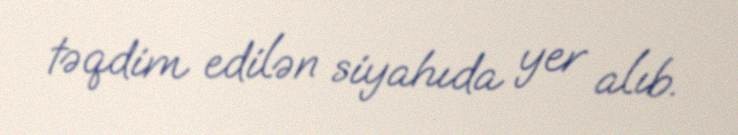
təqdim edilən siyahıda yer alıb.